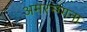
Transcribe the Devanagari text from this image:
अमरन्ग्गना